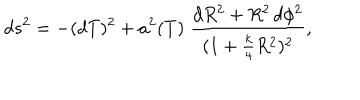
d s ^ { 2 } = - ( d T ) ^ { 2 } + a ^ { 2 } ( T ) \; \frac { d R ^ { 2 } + R ^ { 2 } \, d \phi ^ { 2 } } { ( 1 + \frac { k } { 4 } R ^ { 2 } ) ^ { 2 } } ,